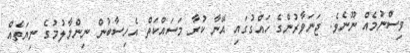
ވިސްނުމެއް ނޫނެވެ. ޖަނަވާރުންގެ ހައްގުގައި އޭނާ ކުރާ މަސައްކަތް އެހިސާބުން ނިންމާލުމުގެ ނިޔަތެއް